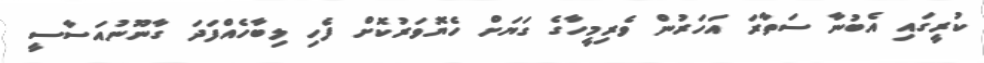
ކުރީގައި އެބުނާ ސަތާރަ އަހަރުން ވެރިމީހާގެ ގަޔަށް ހެޔޮވަރުކޮށް ފެހި ލިބާހެއްފަދަ ގާނޫނުއަސާސީ